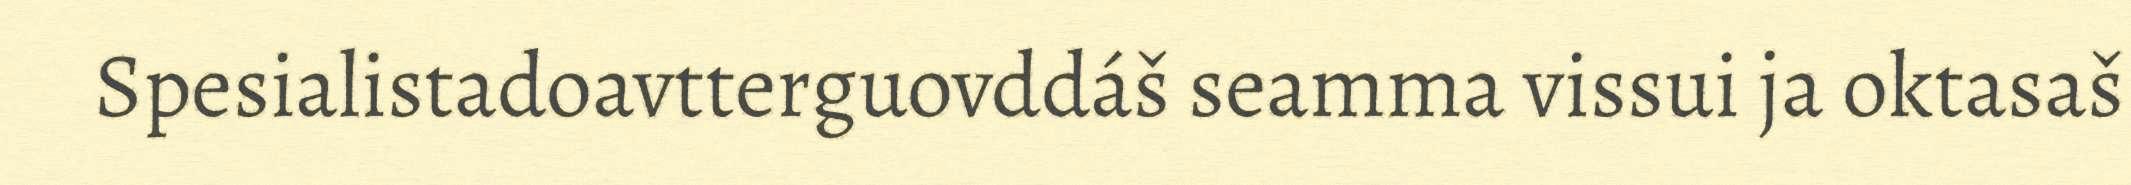
Spesialistadoavtterguovddáš seamma vissui ja oktasaš